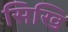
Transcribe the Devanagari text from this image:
सिखि